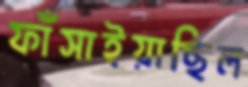
ফাঁসাইয়াছিল